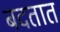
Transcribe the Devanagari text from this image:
बदतात